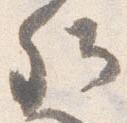
卿